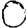
Digit: 0